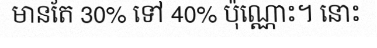
មានតែ 30% ទៅ 40% ប៉ុណ្ណោះ។ នោះ